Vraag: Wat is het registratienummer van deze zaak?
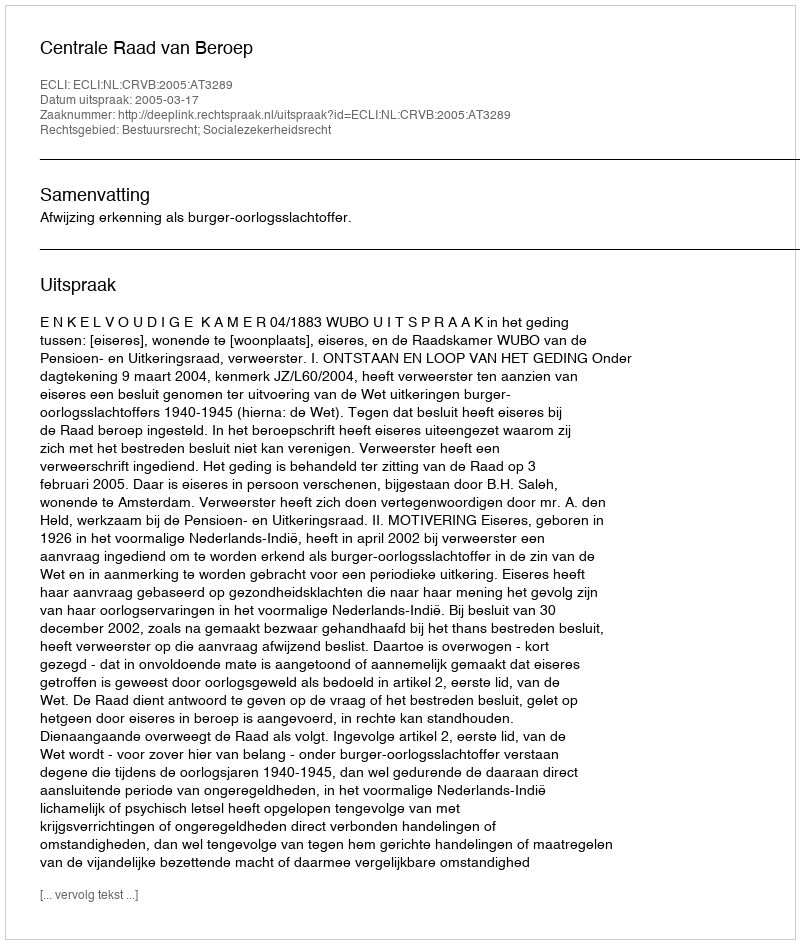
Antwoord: http://deeplink.rechtspraak.nl/uitspraak?id=ECLI:NL:CRVB:2005:AT3289